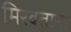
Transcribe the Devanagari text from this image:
मिरवताना